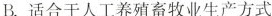
B. 适合于人工养殖畜牧业生产方式